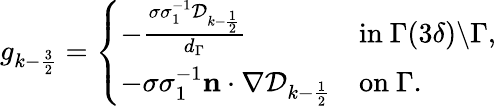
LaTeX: \begin{array}{r}{g_{k-\frac{3}{2}}=\left\{ \begin{array}{ll}{-\frac{\sigma\sigma_{1}^{-1}\mathcal{D}_{k-\frac{1}{2}}}{d_{\Gamma}}}&{\mathrm{in~}\Gamma(3\delta)\backslash\Gamma,}\\ {-\sigma\sigma_{1}^{-1}\mathbf{n}\cdot\nabla\mathcal{D}_{k-\frac{1}{2}}}&{\mathrm{on~}\Gamma.}\end{array}\right.}\end{array}